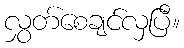
လွှတ်စေချင်လှပြီ။